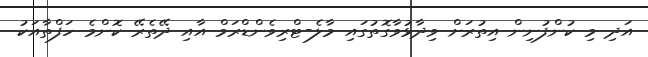
އަަދި މި ކުންފުނިން އިތުރަށް ވިދާޅުވާގޮތުގައި މާލެ-ޓްްރިވެންޑްރަމް އާއި ދޭތެރޭ ކޮންމެ ހަފްތާއަކު